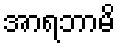
အာရဘာမိ